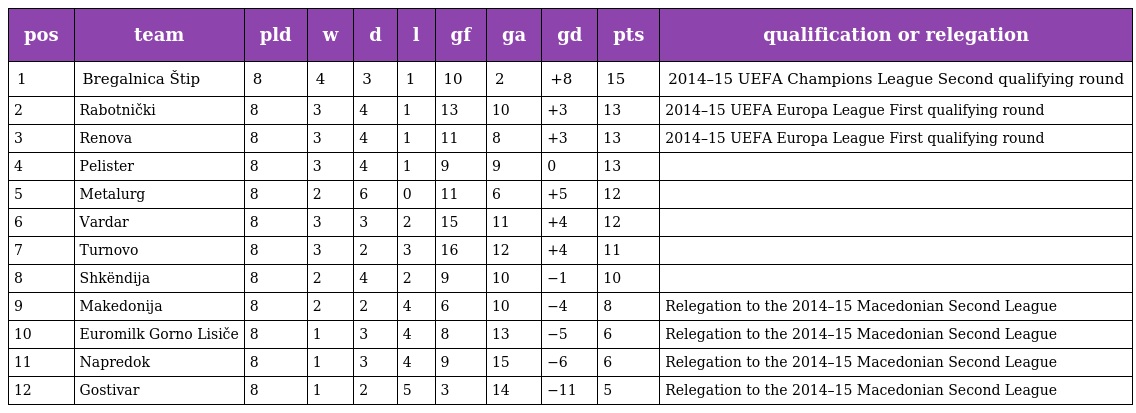
| pos | team | pld | w | d | l | gf | ga | gd | pts | qualification or relegation |
 | --- | --- | --- | --- | --- | --- | --- | --- | --- | --- | --- |
 | 1 | Bregalnica Štip | 8 | 4 | 3 | 1 | 10 | 2 | +8 | 15 | 2014–15 UEFA Champions League Second qualifying round |
 | 2 | Rabotnički | 8 | 3 | 4 | 1 | 13 | 10 | +3 | 13 | 2014–15 UEFA Europa League First qualifying round |
 | 3 | Renova | 8 | 3 | 4 | 1 | 11 | 8 | +3 | 13 | 2014–15 UEFA Europa League First qualifying round |
 | 4 | Pelister | 8 | 3 | 4 | 1 | 9 | 9 | 0 | 13 |  |
 | 5 | Metalurg | 8 | 2 | 6 | 0 | 11 | 6 | +5 | 12 |  |
 | 6 | Vardar | 8 | 3 | 3 | 2 | 15 | 11 | +4 | 12 |  |
 | 7 | Turnovo | 8 | 3 | 2 | 3 | 16 | 12 | +4 | 11 |  |
 | 8 | Shkëndija | 8 | 2 | 4 | 2 | 9 | 10 | −1 | 10 |  |
 | 9 | Makedonija | 8 | 2 | 2 | 4 | 6 | 10 | −4 | 8 | Relegation to the 2014–15 Macedonian Second League |
 | 10 | Euromilk Gorno Lisiče | 8 | 1 | 3 | 4 | 8 | 13 | −5 | 6 | Relegation to the 2014–15 Macedonian Second League |
 | 11 | Napredok | 8 | 1 | 3 | 4 | 9 | 15 | −6 | 6 | Relegation to the 2014–15 Macedonian Second League |
 | 12 | Gostivar | 8 | 1 | 2 | 5 | 3 | 14 | −11 | 5 | Relegation to the 2014–15 Macedonian Second League |